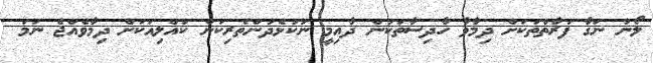
ލޯނު ނަގާ ފަރާތްތަކަށް ދިމާވާ ހާދިސާތަކުން ދާއިމީ ނުކުޅެދުންތެރިކަން ކުއްލިއަކަށް ދިމާވެއްޖެ ނަމަ